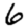
Digit: 6